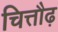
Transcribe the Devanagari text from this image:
चित्तौढ़